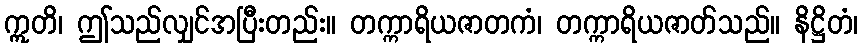
ဣတိ၊ ဤသည်လျှင်အပြီးတည်း။ တက္ကာရိယဇာတကံ၊ တက္ကာရိယဇာတ်သည်။ နိဋ္ဌိတံ၊